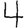
Digit: 4